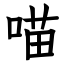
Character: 喵